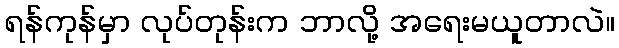
ရန်ကုန်မှာ လုပ်တုန်းက ဘာလို့ အရေးမယူတာလဲ။